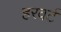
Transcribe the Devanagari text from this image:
हरवर्ट